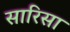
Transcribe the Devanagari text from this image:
सारिसा